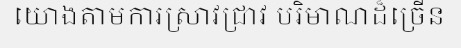
យោងតាមការស្រាវជ្រាវ បរិមាណដ៏ច្រើន